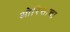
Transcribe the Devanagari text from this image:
ओरिसाचा